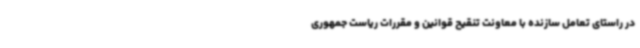
در راستای تعامل سازنده با معاونت تنقیح قوانین و مقررات ریاست جمهوری